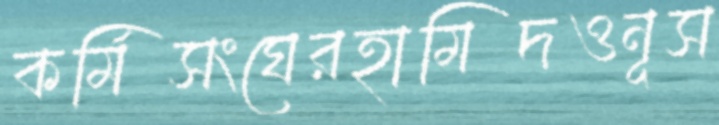
কর্মিসংঘেরহামিদওনূস